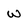
Character: w